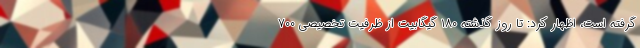
گرفته است، اظهار کرد: تا روز گذشته ۱۸۰ گیگابیت از ظرفیت تخصیصی ۷۰۰